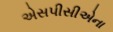
એસપીસીએના